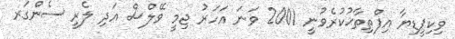
ވިކިޕީޑިޔާ އިފްތިތާޙުކުރެވުނީ 2001 ވަނަ އަހަރު ޖިމީ ވޭލްސް އަދި ލެރީ ސެންގަރ